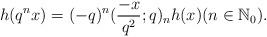
LaTeX: \begin{align*} h(q^nx)= (-q)^n (\frac{-x}{q^2};q)_n h(x)(n\in \mathbb{N}_0). \end{align*}